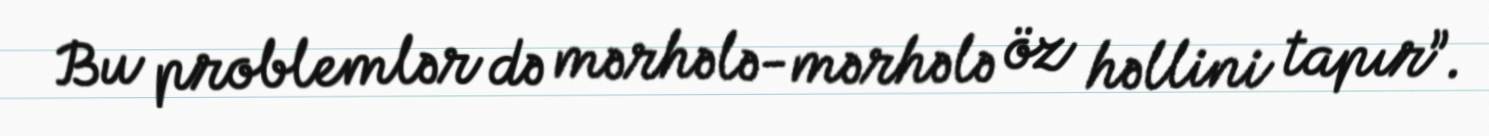
Bu problemlər də mərhələ-mərhələ öz həllini tapır”.